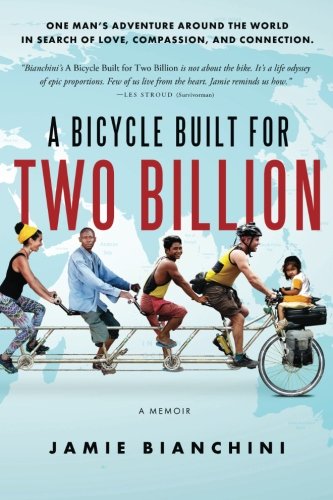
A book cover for A Bicycle Built for Two Billion: One Man's Around the World Adventure in Search of Love, Compassion, and Connection; Jamie R Bianchini; Sports & Outdoors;